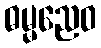
ဓမ္မညေဝ